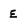
Character: E